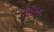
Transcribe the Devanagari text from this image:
४७२५